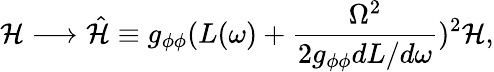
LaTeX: {\cal H}\longrightarrow\hat{{\cal H}}\equiv g_{\phi\phi}(L(\omega)+\frac{\Omega^{2}}{2g_{\phi\phi}dL/d\omega})^{2}{\cal H},